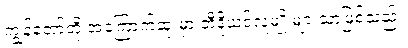
ကျွန်တော်တို့ အကြောက်ဆုံးမှာ ဘီဒိုယင်လူမျိုးများသာဖြစ်သည်။